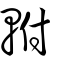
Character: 軵